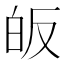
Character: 皈